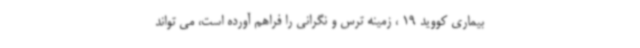
بیماری کووید 19 ، زمینه ترس و نگرانی را فراهم آورده است، می تواند